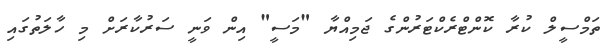
ތަމްސީލް ކުރާ ކޮންޓްރެކްޓަރުންގެ ޖަމިއްޔާ "މަސީ" އިން ވަނީ ސަރުކާރަށް މި ހާލަތުގައި